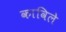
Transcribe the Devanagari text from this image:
काविले